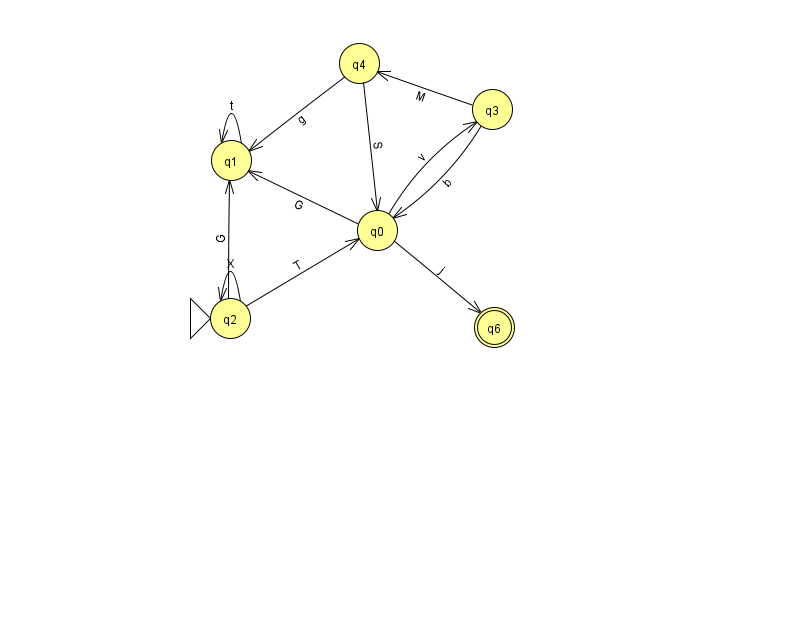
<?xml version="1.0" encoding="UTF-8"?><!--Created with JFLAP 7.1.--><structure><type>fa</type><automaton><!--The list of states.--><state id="0" name="q0"><x>377.0</x><y>217.0</y></state><state id="1" name="q1"><x>231.0</x><y>147.0</y></state><state id="2" name="q2"><x>230.0</x><y>305.0</y><initial/></state><state id="3" name="q3"><x>492.0</x><y>96.0</y></state><state id="4" name="q4"><x>359.0</x><y>50.0</y></state><state id="6" name="q6"><x>494.0</x><y>314.0</y><final/></state><!--The list of transitions.--><transition><from>0</from><to>1</to><read>G</read></transition><transition><from>4</from><to>1</to><read>g</read></transition><transition><from>2</from><to>1</to><read>G</read></transition><transition><from>4</from><to>0</to><read>S</read></transition><transition><from>1</from><to>1</to><read>t</read></transition><transition><from>3</from><to>4</to><read>M</read></transition><transition><from>2</from><to>0</to><read>T</read></transition><transition><from>2</from><to>2</to><read>X</read></transition><transition><from>3</from><to>0</to><read>b</read></transition><transition><from>0</from><to>6</to><read>j</read></transition><transition><from>0</from><to>3</to><read>v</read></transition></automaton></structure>